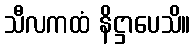
သီလကထံ နိဋ္ဌာပေသိ။